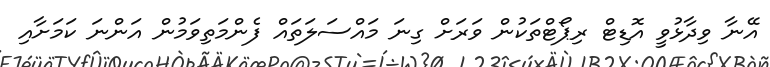
އޭނާ ވިދާޅުވީ އޮޑިޓް ރިޕޯޓްތަކުން ވަރަށް ގިނަ މައްސަލަތައް ފެންމަތިވަމުން އަންނަ ކަމަށާއި